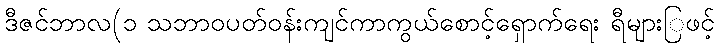
ဒီဇင်ဘာလ(၁ သဘာဝပတ်ဝန်းကျင်ကာကွယ်စောင့်ရှောက်ရေး ရီများြဖင့်